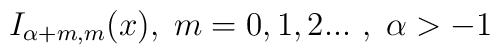
I_{\alpha +m,m}(x),\;m=0,1,2...\,\,,\;\alpha >-1